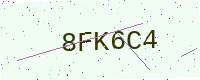
Text: 8FK6C4